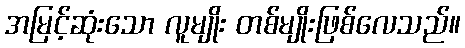
အမြင့်ဆုံးသော လူမျိုး တစ်မျိုးဖြစ်လေသည်။